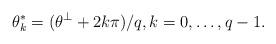
LaTeX: \begin{align*} \theta_k^*=(\theta^\bot+2k\pi)/q,k=0,\ldots,q-1. \end{align*}